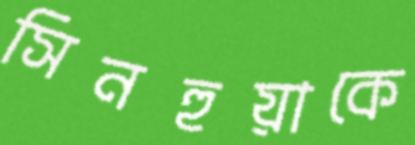
সিনহুয়াকে